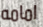
امامه